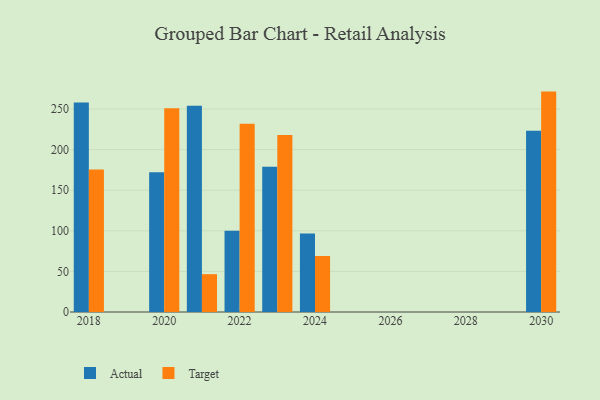
{"axis": {"x": "Year", "y": "Population (Million)"}, "legend": ["Actual", "Target"], "data": [{"x": "2022", "y": 100.1, "type": "Actual"}, {"x": "2022", "y": 231.9, "type": "Target"}, {"x": "2018", "y": 258.0, "type": "Actual"}, {"x": "2018", "y": 175.6, "type": "Target"}, {"x": "2030", "y": 223.2, "type": "Actual"}, {"x": "2030", "y": 271.5, "type": "Target"}, {"x": "2023", "y": 179.0, "type": "Actual"}, {"x": "2023", "y": 217.9, "type": "Target"}, {"x": "2021", "y": 254.0, "type": "Actual"}, {"x": "2021", "y": 46.6, "type": "Target"}, {"x": "2024", "y": 96.7, "type": "Actual"}, {"x": "2024", "y": 69.0, "type": "Target"}, {"x": "2020", "y": 172.0, "type": "Actual"}, {"x": "2020", "y": 251.1, "type": "Target"}]}